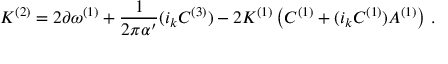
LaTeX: { \cal K } ^ { ( 2 ) } = 2 \partial \omega ^ { ( 1 ) } + { \frac { 1 } { 2 \pi \alpha ^ { \prime } } } ( i _ { k } C ^ { ( 3 ) } ) - 2 { \cal K } ^ { ( 1 ) } \left( C ^ { ( 1 ) } + ( i _ { k } C ^ { ( 1 ) } ) A ^ { ( 1 ) } \right) \, .